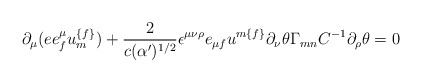
\begin{align*}\partial _{\mu }(ee^{\mu }_{{ f}} u^{{ \{f\} }}_{{ m}})+{2 \over {c (\alpha^\prime )^{{ 1/2}}}}\epsilon ^{\mu \nu \rho } e_{\mu { f}} u^{{ m\{f\}}}\partial _{\nu } \theta \Gamma _{{ mn}}C^{-{ 1}} \partial _{\rho }\theta= 0\end{align*}